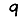
Digit: 9